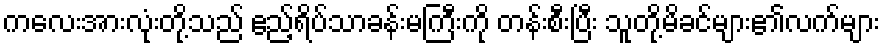
ကလေးအားလုံးတို့သည် ဧည့်ရိပ်သာခန်းမကြီးကို တန်းစီးပြီး သူတို့မိခင်များ၏လက်များ